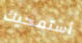
أستمحيك